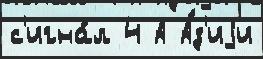
с'игна́л 4 А А́з'иjи